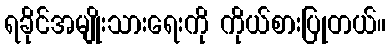
ရခိုင်အမျိုးသားရေးကို ကိုယ်စားပြုတယ်။